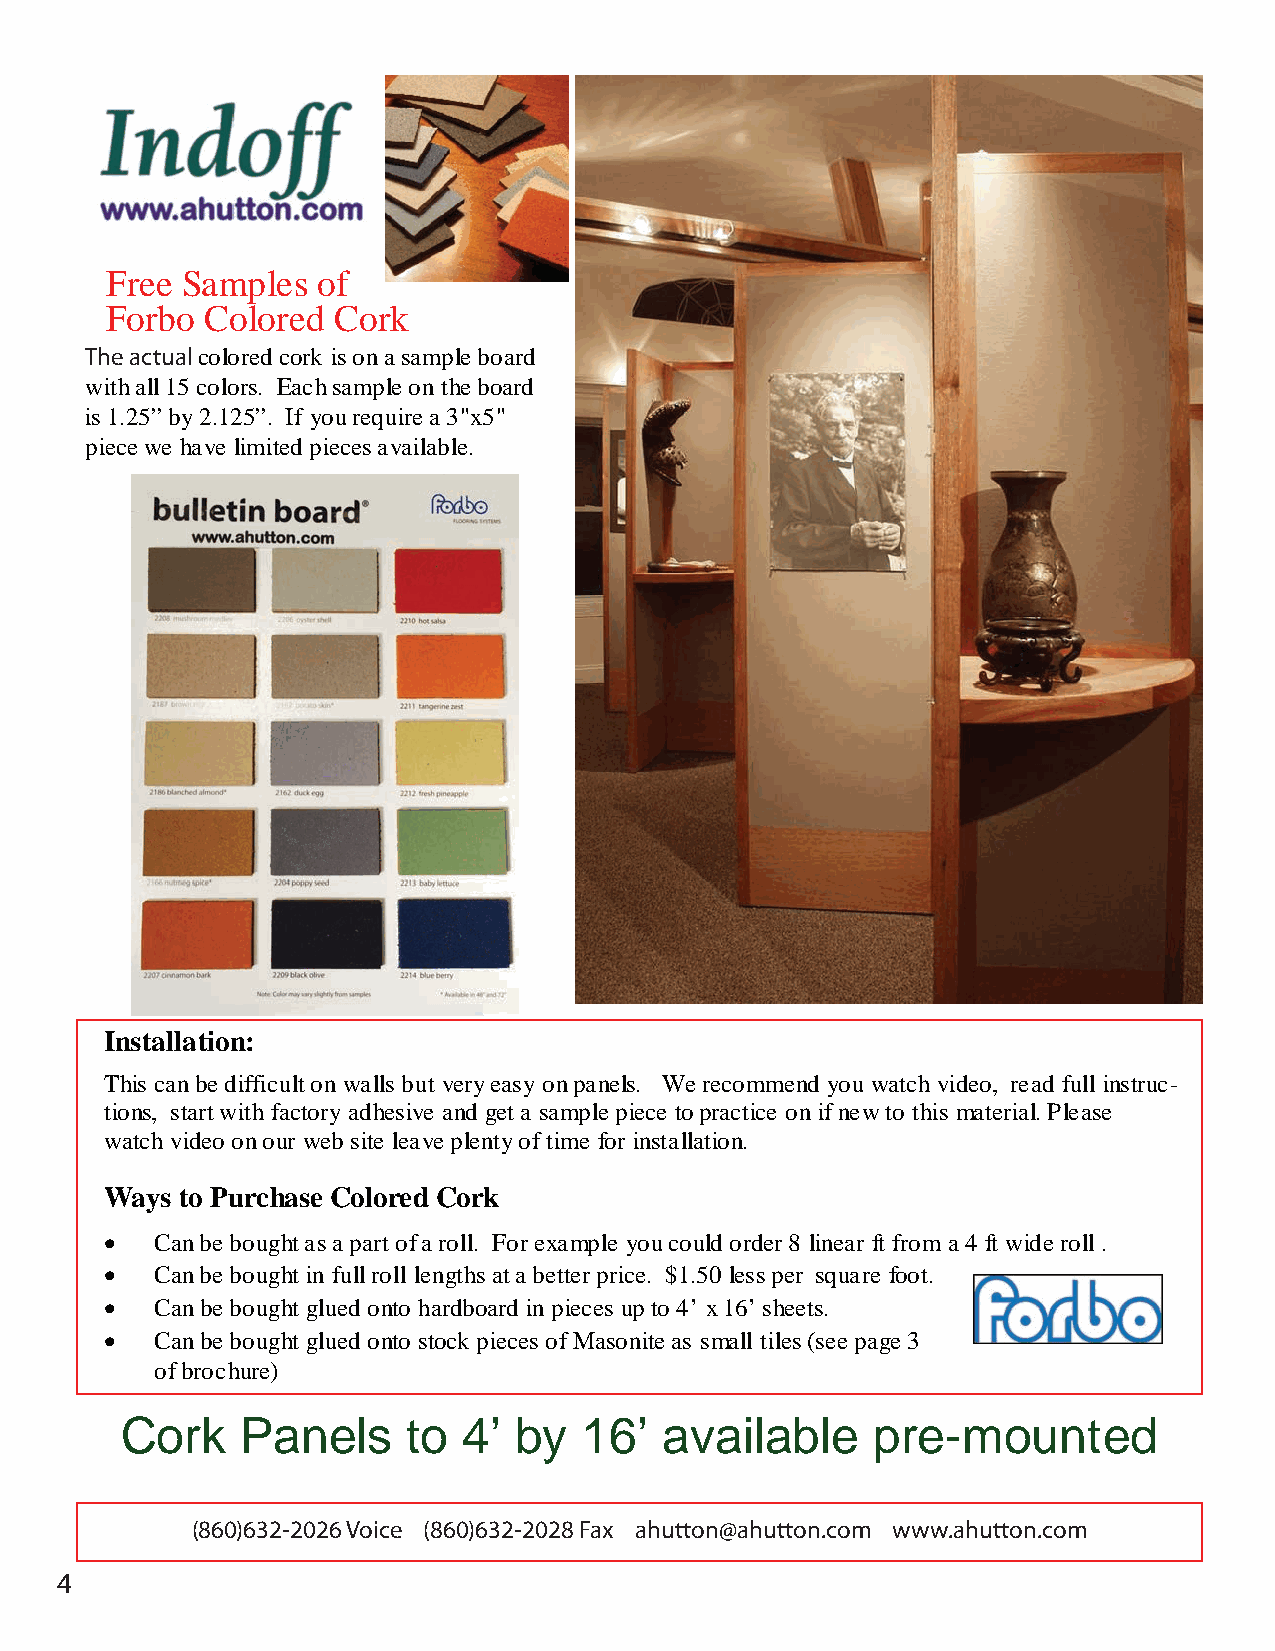
Free Samples  of
 Forbo  Colored Cork
 The actual colored cork is on a sample board
 with all 15 colors. Each sample on the board
 is 1.25” by 2.125”. If you require a 3"x5"
 piece we have limited pieces available.
 Installation:
 This can be difficult on walls but very easy on panels. We recommend you watch video, read full instruc-
 tions, start with factory adhesive and get a sample piece to practice on if new to this material. Please
 watch video on our web site leave plenty of time for installation.
 Ways to Purchase Colored Cork
 •  Can be bought as a part of a roll. For example you could order 8 linear ft from a 4 ft wide roll .
 •  Can be bought in full roll lengths at a better price. $1.50 less per square foot.
 •  Can be bought glued onto hardboard in pieces up to 4’ x 16’ sheets.
 •  Can be bought glued onto stock pieces of Masonite as small tiles (see page 3
 of brochure)
 Cork    Panels     to  4’ by   16’  available     pre-mounted
 (860)632-2026 Voice (860)632-2028 Fax ahutton@ahutton.com www.ahutton.com
 4